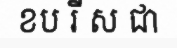
ខប រី ស ជា